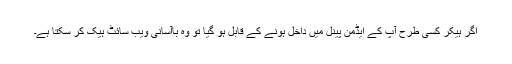
اگر ہیکر کسی طرح آپ کے ایڈمن پینل میں داخل ہونے کے قابل ہو گیا تو وہ باآسانی ویب سائٹ ہیک کر سکتا ہے۔